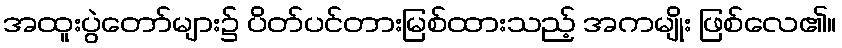
အထူးပွဲတော်များ၌ ပိတ်ပင်တားမြစ်ထားသည့် အကမျိုး ဖြစ်လေ၏။